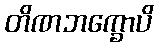
တိဏဘက္ခောပိ